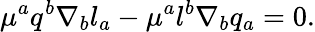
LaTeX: \mu^{a}q^{b}\nabla_{b}l_{a}-\mu^{a}l^{b}\nabla_{b}q_{a}=0.